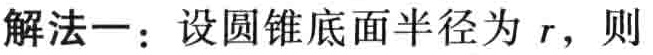
解法一：设圆锥底面半径为 \(r\)，则